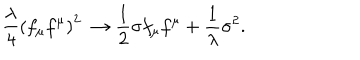
LaTeX: \frac { \lambda } 4 \left( f _ { \mu } f ^ { \mu } \right) ^ { 2 } \ \to \frac 1 2 { \sigma } f _ { \mu } f ^ { \mu } + \frac 1 { \lambda } \sigma ^ { 2 } .